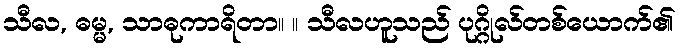
သီလ, ဓမ္မ, သာဓုကာရိတာ။ ။ သီလဟူသည် ပုဂ္ဂိုလ်တစ်ယောက်၏